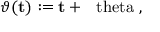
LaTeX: \vartheta ( { \bf t } ) : = { \bf t } + \mathrm { \boldmath ~ \ t h e t a ~ } ,